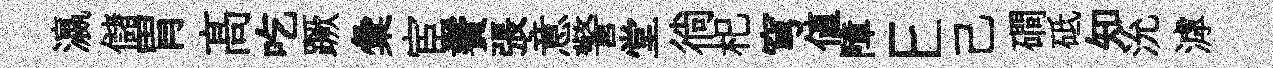
瀛儲胃髙吃蹶彙宦鬢張意警堂徜𣏌穹値障E己磵砥知沇滹